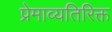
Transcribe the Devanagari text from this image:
प्रेमाव्यतिरिक्त